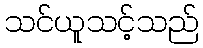
သင်ယူသင့်သည်